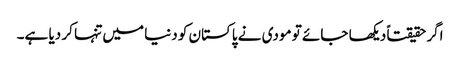
اگرحقیقتاً دیکھا جائے تو مودی نے پاکستان کو دنیا میں تنہا کر دیا ہے۔